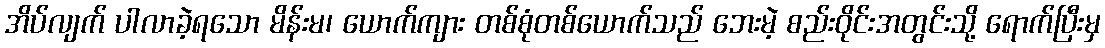
အိပ်လျက် ပါလာခဲ့ရသော မိန်းမ၊ ယောက်ကျား တစ်စုံတစ်ယောက်သည် ဘေးမဲ့ စည်းဝိုင်းအတွင်းသို့ ရောက်ပြီးမှ